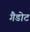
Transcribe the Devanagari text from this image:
गैडोट